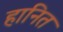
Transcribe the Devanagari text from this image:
हानित